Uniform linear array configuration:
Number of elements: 8
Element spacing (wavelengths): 0.75
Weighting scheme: blackman
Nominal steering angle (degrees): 0
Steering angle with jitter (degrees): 1.246
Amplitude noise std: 0.05
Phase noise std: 0.05

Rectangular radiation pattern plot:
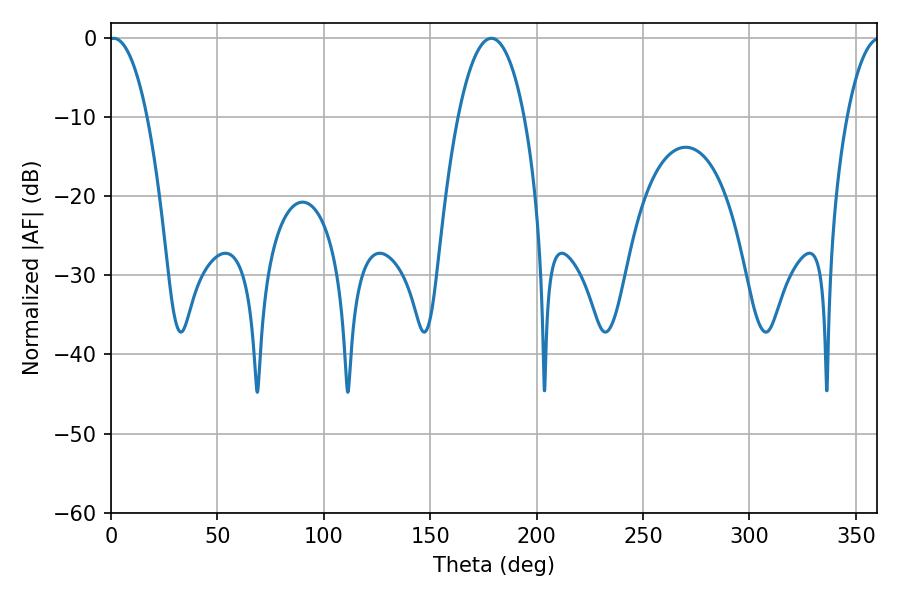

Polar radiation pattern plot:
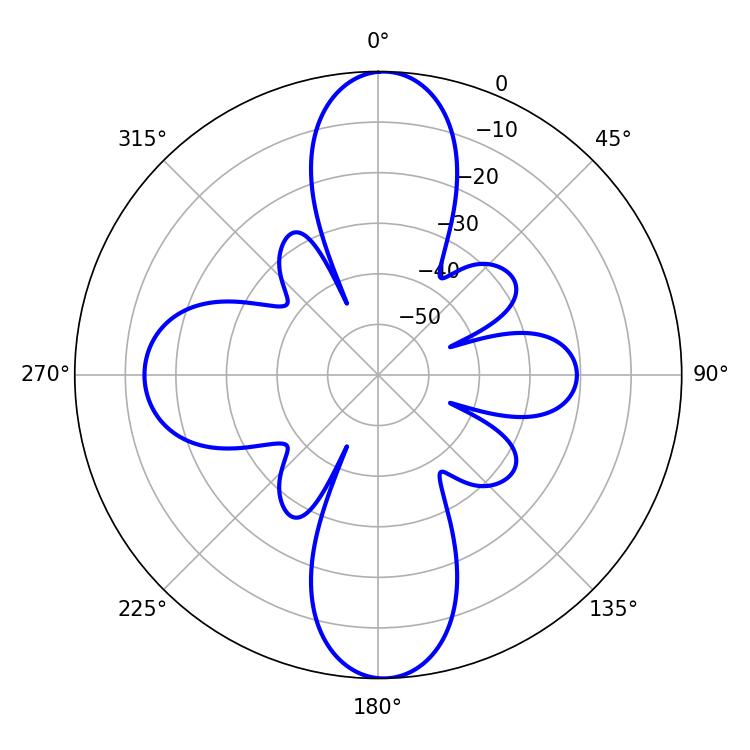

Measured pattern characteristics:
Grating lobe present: TRUE
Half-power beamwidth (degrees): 9.9
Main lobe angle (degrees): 1.26